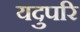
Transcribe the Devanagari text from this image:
यदुपरि